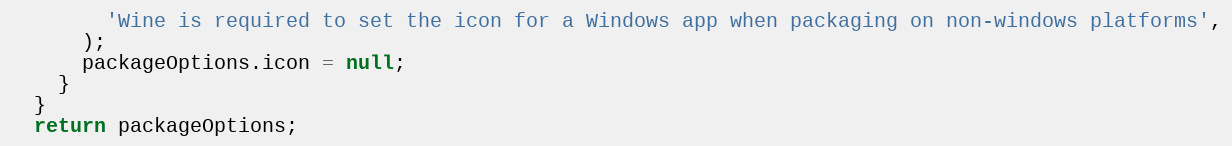
Language: JavaScript
        'Wine is required to set the icon for a Windows app when packaging on non-windows platforms',
      );
      packageOptions.icon = null;
    }
  }
  return packageOptions;